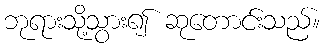
ဘုရားသို့သွား၍ ဆုတောင်းသည်။